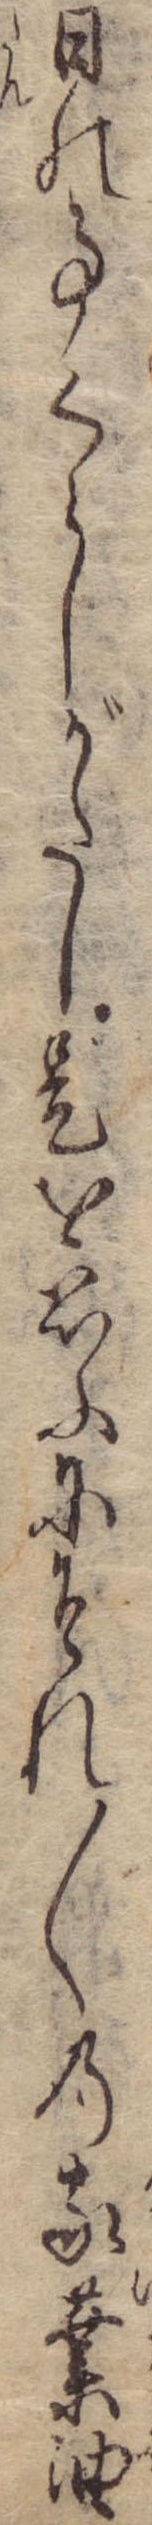
日の事くらしがたし是を思ふにそれ〱の家業油